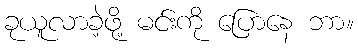
ခုယူလာခဲ့ဖို့ မင်းကို ပြောနေ ဘာ။